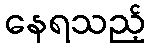
နေရသည့်